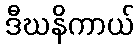
ဒီဃနိကာယ်